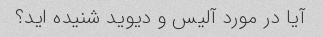
آیا در مورد آلیس و دیوید شنیده اید؟